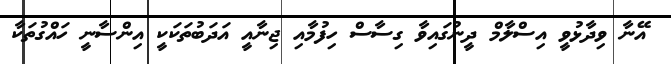
އޭނާ ވިދާޅުވީ އިސްލާމް ދީނުގައިވާ ގިސާސް ހިފުމާއި ޖިނާއީ އަދަބުތަކަކީ އިންސާނީ ހައްގުތަކާ